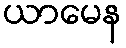
ယာမေန